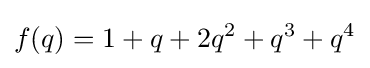
f(q)=1+q+2q^{2}+q^{3}+q^{4}